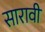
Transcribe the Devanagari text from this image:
सारावी